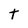
Character: t